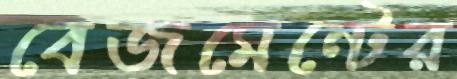
বেজমেন্টের